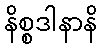
နိစ္စဒါနာနိ